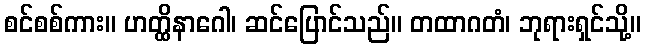
စင်စစ်ကား။ ဟတ္ထိနာဂေါ၊ ဆင်ပြောင်သည်။ တထာဂတံ၊ ဘုရားရှင်သို့။